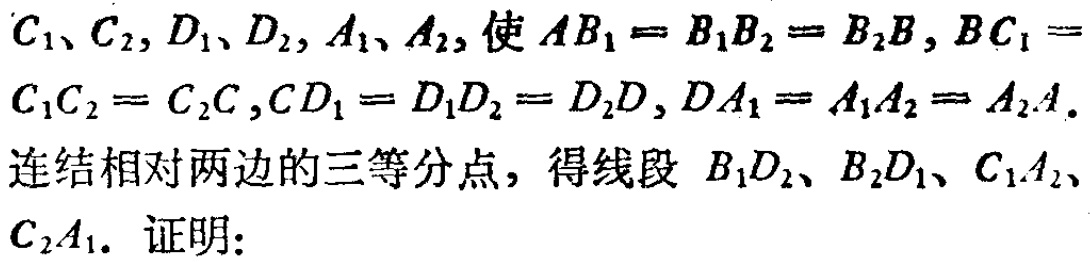
$C_1、C_2,D_1、D_2,A_1、A_2, 使 AB_1 = B_1B_2 = B_2B, BC_1 = C_1C_2 = C_2C,CD_1 = D_1D_2 = D_2D, DA_1 = A_1A_2 = A_2A.$
连结相对两边的三等分点，得线段 $B_1D_2、B_2D_1、C_1A_2、C_2A_1.$ 证明：